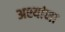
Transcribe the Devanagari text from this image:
अश्यांना